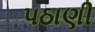
પઠાણી